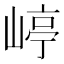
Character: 嵉